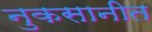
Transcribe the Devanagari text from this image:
नुकसानीत